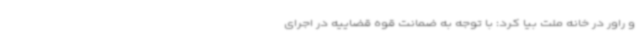
و راور در خانه ملت بیا کرد: با توجه به ضمانت قوه قضاییه در اجرای